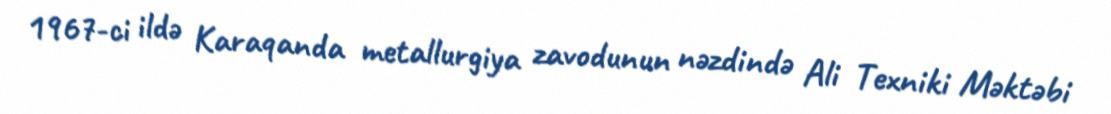
1967-ci ildə Karaqanda metallurgiya zavodunun nəzdində Ali Texniki Məktəbi